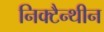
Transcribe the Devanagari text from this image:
निक्टैन्थीन